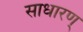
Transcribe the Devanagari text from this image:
साधारण्